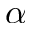
\alpha